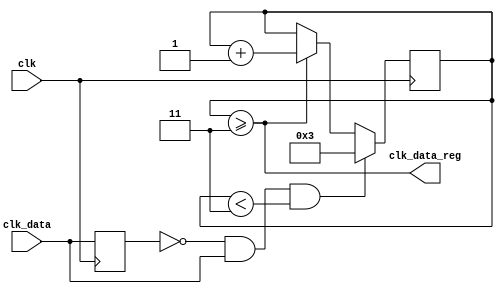
`timescale 1ns / 1ps
//////////////////////////////////////////////////////////////////////////////////
// Company: 
// Engineer: 
// 
// Design Name: 
// Module Name: extend_rst
// Project Name: 
// Target Devices: 
// Tool Versions: 
// Description: 
// 
// Dependencies: 
// 
// Revision:
// Revision 0.01 - File Created
// Additional Comments:
// 
//////////////////////////////////////////////////////////////////////////////////




module extend_rst(
    input wire clk,
    input wire clk_data,
    output wire clk_data_reg
   
);
       
   (* KEEP = "TRUE" *) reg clk_data_prev = 0;

    always@(posedge clk) begin
        clk_data_prev <= clk_data;
    end    
   
    (* KEEP = "TRUE" *) reg [5:0] clk_data_count_reg=0;
    (* KEEP = "TRUE" *) reg [5:0] clk_data_count_next=0;
    
    always@(posedge clk)
    begin
        clk_data_count_reg = clk_data_count_next;
    end
   
    always@(*)
    begin
        clk_data_count_next = clk_data_count_reg;
        if(clk_data_prev==0 && clk_data ==1'b1 && clk_data_count_reg<3)
            clk_data_count_next = 3;
        else if(clk_data_count_reg >=3)
             clk_data_count_next = clk_data_count_reg+1;  
    end

    assign clk_data_reg = (clk_data_count_reg>=3);
   
endmodule